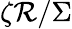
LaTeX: \zeta\mathcal{R}/\Sigma